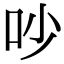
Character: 吵